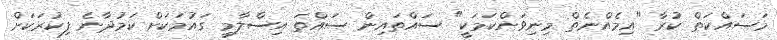
މަސައްކަތް ކުރާ "އިމެއްނެތް މިނިވަންކަމަކީ" ސައްތައިން ސައްތަ އިސްލާމީ ގައުމަކަށް ކަމުދާނެ ފިކުރަކަށް